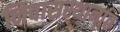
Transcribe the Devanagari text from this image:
निवासस्थानांत